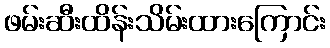
ဖမ်းဆီးထိန်းသိမ်းထားကြောင်း